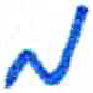
אות: מ